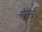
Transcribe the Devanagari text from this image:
नौसेन्य